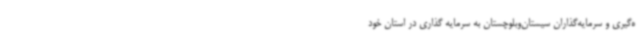
ه‌گیری و سرمایه‌گذاران سیستان‌وبلوچستان به سرمایه گذاری در استان خود